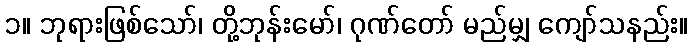
၁။ ဘုရားဖြစ်သော်၊ တို့ဘုန်းမော်၊ ဂုဏ်တော် မည်မျှ ကျော်သနည်း။